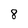
Character: 8